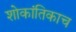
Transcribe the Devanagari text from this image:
शोकांतिकाच